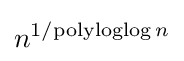
n^{1/\!\operatorname {polyloglog} n}